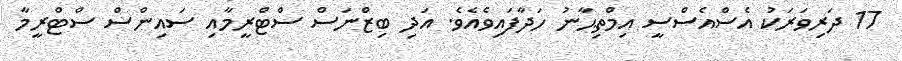
17 ދަރިވަރަކު އެސްއެސްސީ އިމްތިޙާނު ހަދާފައިވެއެވެ. އަދި ބިޒްނަސް ސްޓްރީމާއި ސައިންސް ސްޓްރީމާ